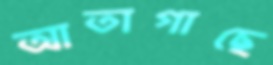
আতাগাছে